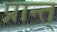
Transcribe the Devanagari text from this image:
प्रान्त्